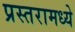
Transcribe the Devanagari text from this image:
प्रस्तरामध्ये